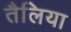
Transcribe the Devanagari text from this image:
तैलिया